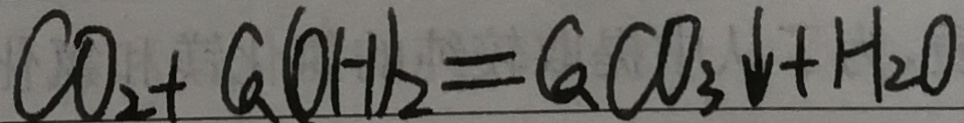
C O _ { 2 } + C a ( O H ) _ { 2 } = C a C O _ { 3 } \downarrow + H _ { 2 } O